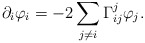
\begin{align*} \partial_i\varphi_i=-2\sum_{j\neq i}\Gamma_{ij}^j\varphi_j. \end{align*}